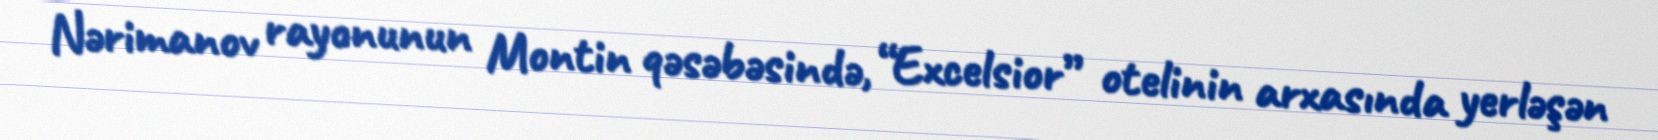
Nərimanov rayonunun Montin qəsəbəsində, “Excelsior” otelinin arxasında yerləşən